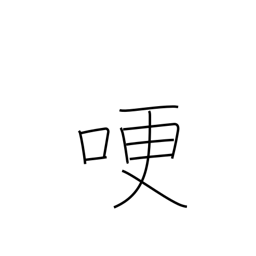
Meaning: get choked up